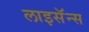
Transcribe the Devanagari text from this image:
लाइसॅन्स